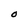
Character: O